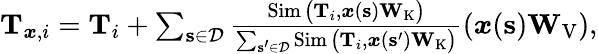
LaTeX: \begin{array}{r}{\mathbf{T}_{\boldsymbol{x},i}=\mathbf{T}_{i}+\sum_{\mathbf{s}\in\mathcal{D}}\frac{\operatorname{Sim}\big(\mathbf{T}_{i},\boldsymbol{x}(\mathbf{s})\mathbf{W}_{\mathrm{K}}\big)}{\sum_{\mathbf{s^{\prime}}\in\mathcal{D}}\operatorname{Sim}\big(\mathbf{T}_{i},\boldsymbol{x}(\mathbf{s^{\prime}})\mathbf{W}_{\mathrm{K}}\big)}\left(\boldsymbol{x}(\mathbf{s})\mathbf{W}_{\mathrm{V}}\right),}\end{array}